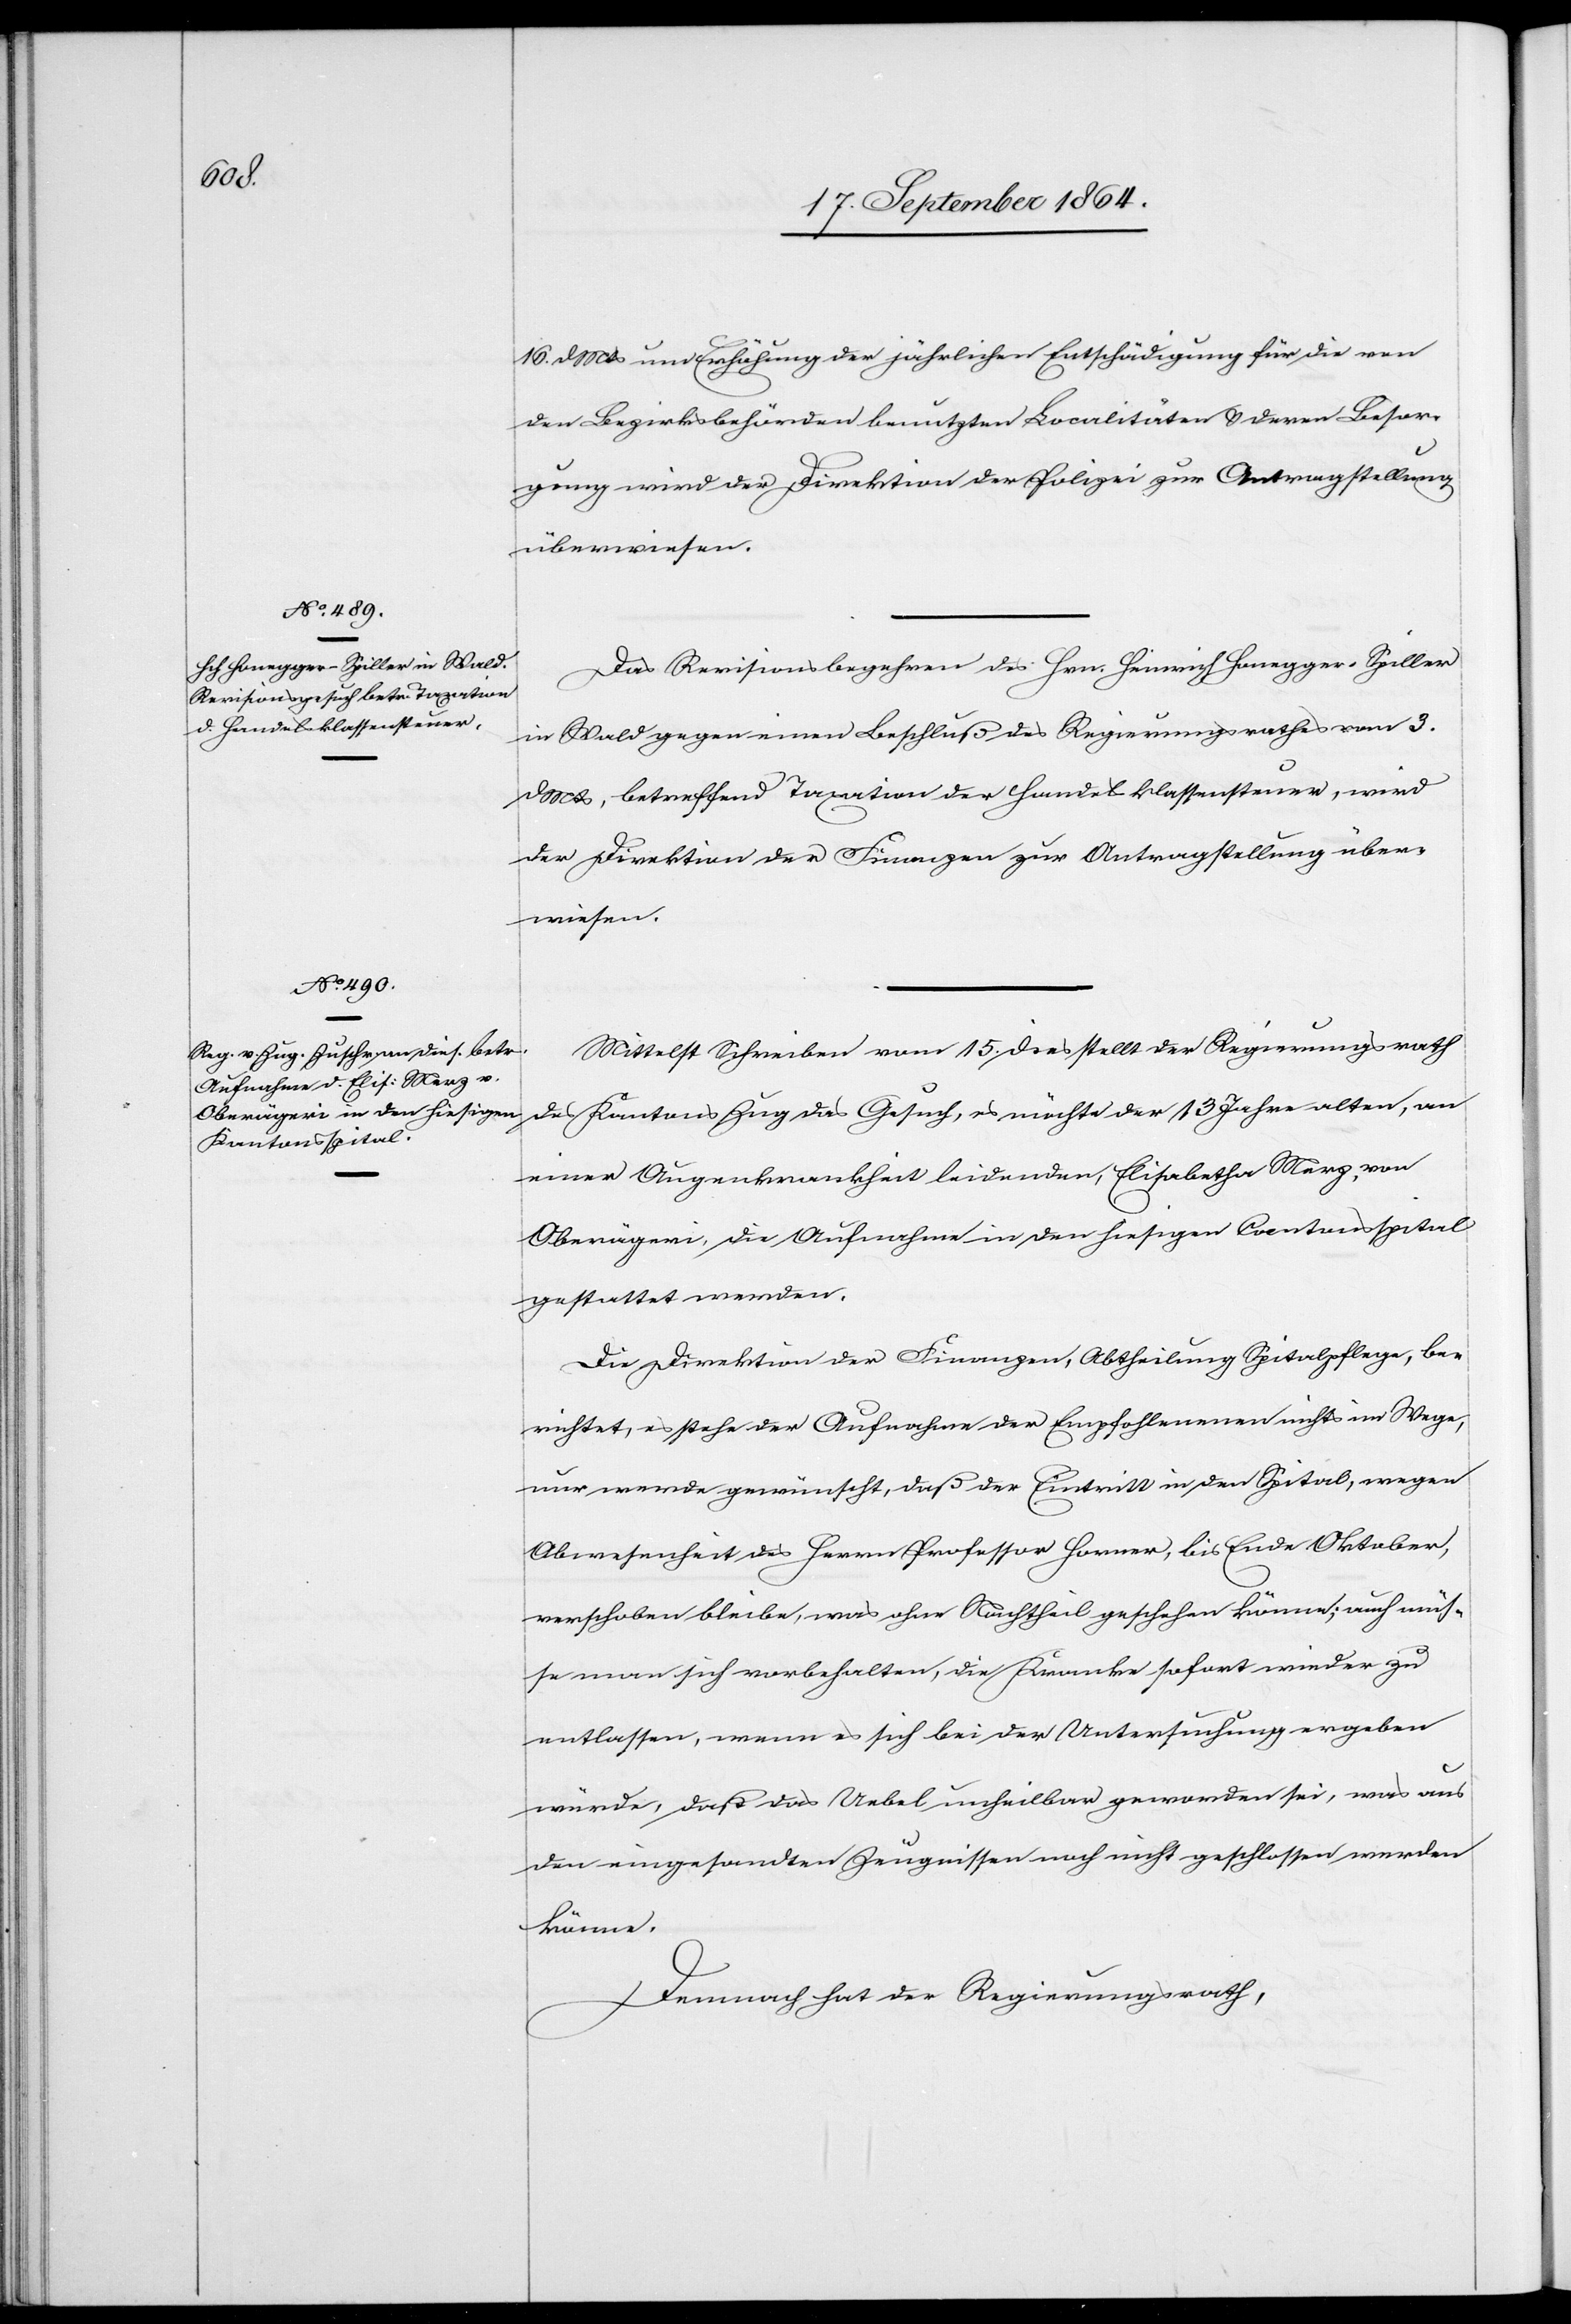
d.

19. September 1864.]
16. d. Mts um Erhöhung der jährlichen Entschädigung für die von
den Bezirksbehörden benutzten Lokalitäten & deren Besor¬
gung wird der Direktion der Polizei zur Antragstellung
überwiesen.
Das Revisionsbegehren des Hrn. Heinrich Honegger-Spiller
in Wald gegen einen Beschluß des Regierungsrathes vom 3.
Mts, betreffend Taxation der Handelsklassensteuer, wird
der Direktion der Finanzen zur Antragstellung über¬
wiesen.
Mittelst Schreiben vom 15. dies stellt der Regierungsrath
des Kantons Zug das Gesuch, es möchte der 13 Jahre alten, an
einer Augenkrankheit leidenden, Elisabetha Merz, von
Oberägeri, die Aufnahme in den hiesigen Cantonsspital
gestattet werden.
Die Direktion der Finanzen, Abtheilung Spitalpflege, be¬
richtet, es stehe der Aufnahme der Empfohlenen nichts im Wege,
nur werde gewünscht, daß der Eintritt in den Spital, wegen
Abwesenheit des Herrn Professor Horrer, bis Ende Oktober,
verschoben bleibe, was ohne Nachtheil geschehen könne; auch müs¬
se man sich vorbehalten, die Kranke sofort wieder zu
entlassen, wenn es sich bei der Untersuchung ergeben
würde, daß das Uebel unheilbar geworden sei, was aus
den eingesandten Zeugnissen noch nicht geschlossen werden
könne.
Demnach hat der Regierungsrath,